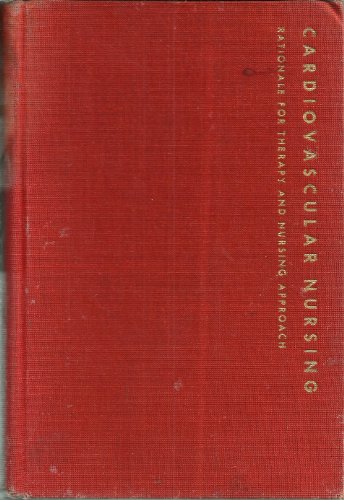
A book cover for Cardiovascular Nursing: Rationale for Therapy and Nursing Approach; Jeanette. Kernicki; Medical Books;